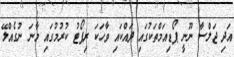
އަދި ޖަލްސާ ނޫނީ ޕޯޑިއަމްތަކުގައި ދައްކައި ވާހަކަ ރިޕޯޓު ކުރުމުގައި މާނަ ނުގެއްލޭ